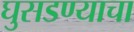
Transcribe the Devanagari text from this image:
घुसडण्याचा